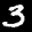
Label: 3